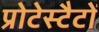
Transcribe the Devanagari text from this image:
प्रोटेस्टैटों